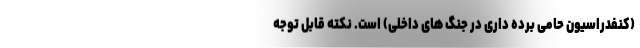
(کنفدراسیون حامی برده داری در جنگ های داخلی) است. نکته قابل توجه